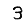
Digit: 3